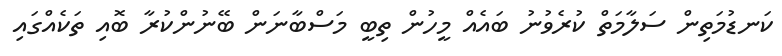
ކަނޑުމަތިން ސަލާމަތް ކުރެވުނު ބައެއް މީހުން ތިބީ މަސްބާނަން ބޭނުންކުރާ ބޮއި ތަކެއްގައި